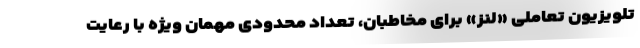
تلویزیون تعاملی «لنز» برای مخاطبان، تعداد محدودی مهمان ویژه با رعایت